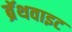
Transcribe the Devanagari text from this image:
ब्रॅथवाइट